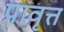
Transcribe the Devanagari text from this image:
प्रावृत्त